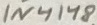
Text: 1N4148